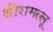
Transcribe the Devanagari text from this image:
श्रीरामल्लू